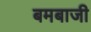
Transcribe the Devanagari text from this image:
बमबाजी